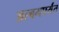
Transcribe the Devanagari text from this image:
अल्बमपर्यंत